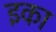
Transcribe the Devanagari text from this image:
इका